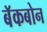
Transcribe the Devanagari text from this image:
बॅकबोन